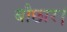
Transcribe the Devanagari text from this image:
बौछार।